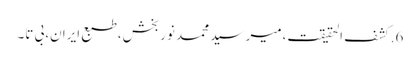
6.	کشف الحقیقت،میر سید محمد نوربخش،طبع ایران،بی تا۔